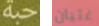
حبة غثيان